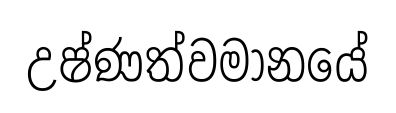
උෂ්ණත්වමානයේ